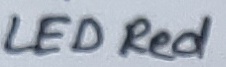
Text: LED Red